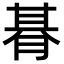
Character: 朞